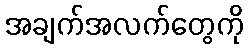
အချက်အလက်တွေကို